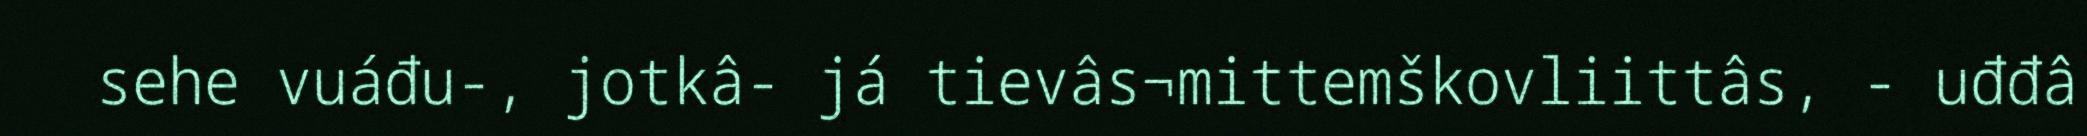
sehe vuáđu-, jotkâ- já tievâs¬mittemškovliittâs, - uđđâ